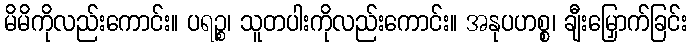
မိမိကိုလည်းကောင်း။ ပရဉ္စ၊ သူတပါးကိုလည်းကောင်း။ အနုပဟစ္စ၊ ချီးမြှောက်ခြင်း